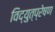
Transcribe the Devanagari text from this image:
विद्युत्प्रेषण